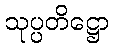
သုပ္ပတိဋ္ဌော